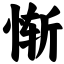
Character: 惭